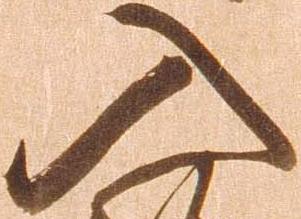
入